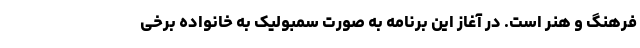
فرهنگ و هنر است. در آغاز این برنامه به صورت سمبولیک به خانواده برخی